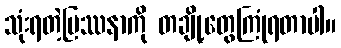
သုံးရတဲ့ပြဿနာကို တချို့တွေကြုံရတာပါ။